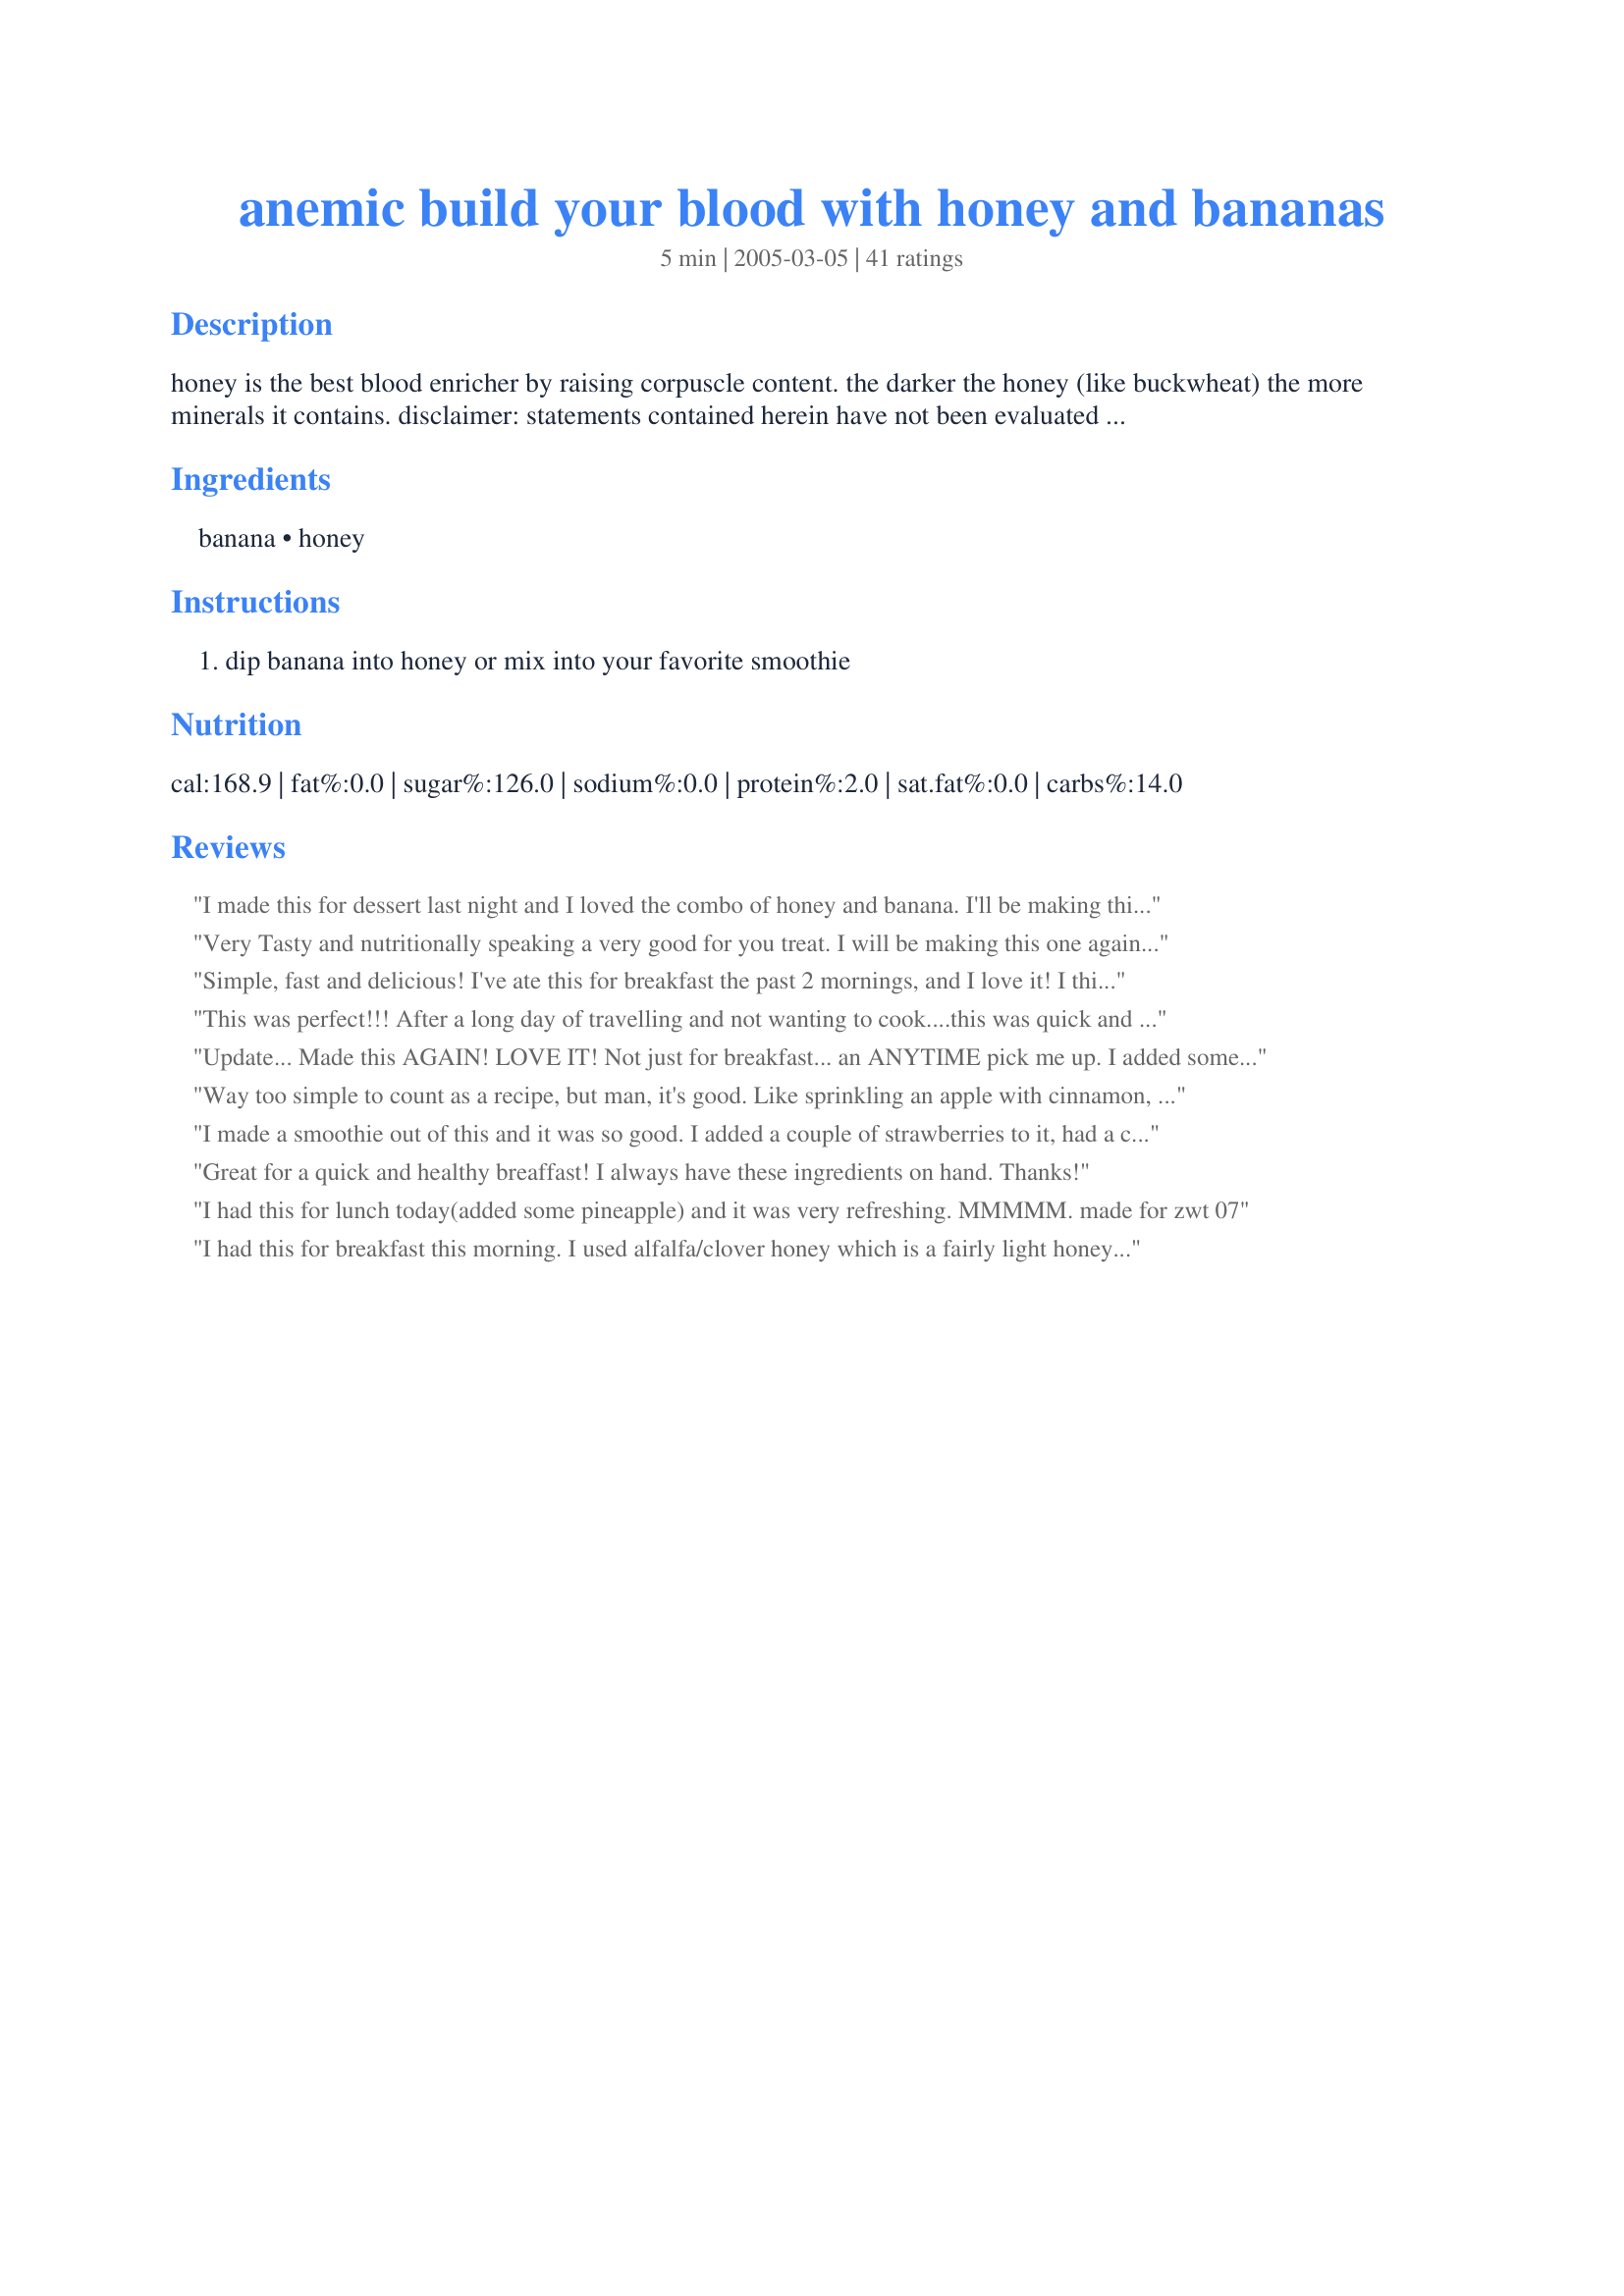
anemic build your blood with honey and bananas
Preparation time: 5 minutes

honey is the best blood enricher by raising corpuscle content. the darker the honey (like buckwheat) the more minerals it contains.
disclaimer: statements contained herein have not been evaluated by the food and drug administration. this recipe is not intended to diagnose, treat and cure or prevent disease. personally, i make these home remedies that i researched. i believed in it and hope you give it a try.

Ingredients:
banana, honey

Steps:
dip banana into honey or mix into your favorite smoothie

Reviews:
I made this for dessert last night and I loved the combo of honey and banana. I'll be making this all the time now as it is not only guilt-free, but it soothes my sweet tooth.
Very Tasty and nutritionally speaking a very good for you treat. I will be making this one again. Thanks for the easy snack idea and energy boost.
Simple, fast and delicious! I've ate this for breakfast the past 2 mornings, and I love it! I think I even got my husband addicted..... :) Thanks!
This was perfect!!! After a long day of travelling and not wanting to cook....this was quick and easy to throw together. I sliced a banana, sprinkled it with a little cinnamon, and topped it with some honey!!!! YUMMY!!! So simple yet soooo delish!! Thank you for this treat!!
Update... Made this AGAIN! LOVE IT! Not just for breakfast... an ANYTIME pick me up. I added some Flax seeds for an EXTRA boost! YUM! Thanks Rita..........How easy is this? I drizzled the honey on my cut bananas and had them for breakfast with toast and milk. Great quick nutrition. I will experiment with this and try topping it with a spinkling of flax seed and maybe some spices like cinnamon- which is said to enhace brain activity! I could use that! My dd says- hey this is a great college kid breakfast! As she grabbed the breakfast I made for myself and ran for the door- on her way to meet her prof! Grrr so locked the door and I made another bowl!
Way too simple to count as a recipe, but man, it's good. Like sprinkling an apple with cinnamon, or tossing a few pine nuts into your salad...sometimes the simple little touches make all the difference!
I made a smoothie out of this and it was so good. I added a couple of strawberries to it, had a couple left that I didn't want to waste. This was better than a banana split. Quite addicting too!
Great for a quick and healthy breaffast! I always have these ingredients on hand. Thanks!
I had this for lunch today(added some pineapple) and it was very refreshing. MMMMM. made for zwt 07
I had this for breakfast this morning. I used alfalfa/clover honey which is a fairly light honey. I think that a deep honey is required for this dish. The light honey just added sweetness without really any quality flavor which I missed. Still a good snack which I also sprinkled with ground flax seeds. A darker, richer flavored honey would be delicious. In fact I think banana drizzled in something sweet but even more flavorful like molasses would be delicious! :)
This tasty treat was nice and healthy, I would like to thank you for sharing it with me. It makes a perfect breakfast and I look forward to trying more in the future. Thanks!
Yummy! I just bought some bananas and wanted a quick snack before dinner... I'm not anemic, but love the health benefits of raw organic honey and bananas... I sliced up my banana and drizzled on some organic honey (the best stuff on earth)... I could eat this for dessert with a glass of milk... Thanks for sharing!!!
Great Breakfast Drink. I added the honey dipped bananas to my usual breakfast smoothie of soy milk, protein powder, wheat germ, and cinnamon. Thanks for posting.
Ate these this morning before i had to go to Dr. I used orange falvored honey. Yummy and filling! thanks!!
As promised in September 2007 I would keep you posted how this worked for me. I am taking this on a regular basis and I feel great! No more doctor's prescriptions for me! This is delicious,healthy and natural and does me a world of good. I recommend to give it a try and see the result for yourself.
That was my breakfast today, and I enjoyed very much. I always have a problem with my iron so if thats a way to built my blood, I'm so happy. Thanks Rita for the tip!
This made a nice quick breakfast for a "grumpy tummy" day (I get really nauseous when I don't get enough sleep, which has definitely been happening lately). I'll have to try this in a smoothie next time (maybe once my stomach says it's ready for more elaborate things lol). Thanks for posting!
I had this for breakfast-a great energy boost! Thanks!
I used very ripe bananas and nice organic honey - it was very sweet and nice.
Yeah, this is the most satisfying breakfast Ive had in a long time!
So simple and yet so good. It really does seem to give you a little boost when you need it! This is very sweet, but you can adjust and use less honey like I did. I sliced a banana, then topped each piece with a bit of raw local honey. The second time I made this I sprinkled them with a little ground flax seeds like mama's kitchen suggested. Seems like I crave this stuff now, and have it almost every day!
QUICK & easy! My 4 yr old loved it! Thanks Rita! :)
Honestly, I have the same opinion as everyone else! It is sooo simple but ever since I found this recipe I've had this with some oatmeal EVERY morning for breakfast!! Amazing! Adding cinnamon is also outstanding! Thanks!!
Very, very nice! My kids adored this easy recipe! OMG.....I can't believe I never thought of this myself! Thank you so much for sharing this simple snack....It's a keeper for sure, and my 7 year old son has already asked me when I'm going to get more bananas!!! YIKES! :)
My ds always has dark circles under his eyes and I always think it's because he doesn't eat well. Well he sure has no problem eating this and I sure hope it helps! It will definetly be a regular for him. Thank you Rita!!!
One of the easiest recipes here on Zaar! Yummy too! Thanks Rita!
I've been having this every afternoon for the past few days...It's a great pick-me-up when you start to "bonk" in the afternoon. I used regular, Sue Bee honey.
This is very tastey!
I'm always looking for easy-good-for-you breakfasts...this one fits the bill!! We have an over abundance of honey (DS sends it from Calif..honey made in orange orchards).
Thank you!
This made a nice pick-me-up snack this afternoon, when I usually start feeling groggy. Simple and quick. The bananas tasted great with the honey! Thanks, too, for the health lesson!
Why have I never done this before!! Been looking for a quick breakfast and this is it! Am going to try it with plain yogurt next time and really eat healthy!! Thanks!
I had this after my exercise this morning as a pic me up. Anaemic or not, this is a tasty healthy snack or breakfast. You're right these two ingredients make a great addition to any smoothie as well!
I made this for my 5 year olds breakfast and she just loved it!
I just gave her a banana, and a little cup of honey and let her dip away.
Super idea, thanks for posting!
Nice mid morning picker-uupper! Added to my orange smootie!
This is awesome! I loved this as a healthy little snack using a very creamy organic honey and organic bananas. The flavour combination is wonderful and Ill surely make this again. Thank you so much for sharing this winner, Rita! <br/>Made and reviewed for the Honey Tag Game in the Spain/Portugal Forum February 2012.
This recipe is so yummy. I've been making the same thing for my kids as a healthy snack for years - but i cut the bananas into bite size pieces, drizzle with honey and sprinkle with cinnamon (cinnamon is another of natures miracle foods). Sometimes, if its an after dinner treat, I'll even sprinkle on a little sugar. I've even tried chocolate syrup and peanut butter bananas too, those are YUM!
It was one of those "I have 30 seconds to get out of this house on time and I haven't had breakfast yet" mornings. Broke a banana up into a cup, poured a bit of honey on the top, and ate it with a fork. Yummy and fast. Thanks Rita!
I've just been through a series of intravenous iron infusions and want to keep my iron stores up. Unfortunately, I'm allergic to bananas so I don't eat them on a regular basis, but can get away with it occasionally. We always have them around for DD though, so I think I'll enjoy mine this way every time I treat myself. I used Chilean raw honey that FloridaNative sent me in the honey swap and I have Demelza to thank for sending me the recipe link. Thanks for posting, Rita! :)
A bit too sweet for me, but I'm sure kids will love this oh, so healthy snack.
Healthy if local raw honey is used. Preferably organic. Heated honey which is pasteurized stuff from the regular grocery store is a poison to the body as stated in Ayurveda. I may have used less honey. I sliced the ripe banana and added chopped walnuts on top for a quick healthy breakfast. I do know honey contains iron but does it really have that much? Anyway raw local honey is so good for us and like other reviewers I found this gave me energy. I will keep this in mind to use again.
Delicious!!!
i have this quite often at school when i don't like the hot option or if the cereals not gf. thanks for posting, its really yummy!!!
Miss Pixie x x x
